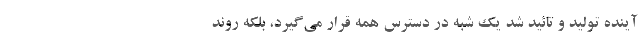
آینده تولید و تائید شد یک ‌شبه در دسترس همه قرار می‌گیرد، بلکه روند